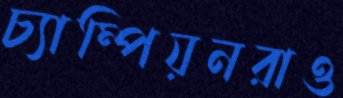
চ্যাম্পিয়নরাও